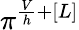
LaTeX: \pi^{\frac{V}{h}+[L]}